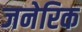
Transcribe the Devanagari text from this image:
जनेरिक